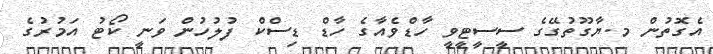
އެގޮތުން މ.ޔާގޫތުގޭގެ ސީސީޓީވީ ހާޑްވެއާގެ ހާޑް ޑިސްކް ފުލުހުން ވަނީ ކޯޓު އަމުރުގެ